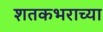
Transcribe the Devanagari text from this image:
शतकभराच्या